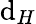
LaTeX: \mathrm{d}_{H}